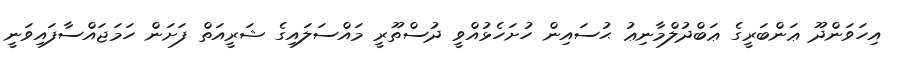
އިހަވަންދޫ ޢަންބަރީގެ ޢަބްދުލްމާނިޢު ޙުސައިން ހުށަހެޅުއްވީ ދުސްތޫރީ މައްސަލައިގެ ޝަރީއަތް ފަށަން ހަމަޖައްސާފައިވަނީ